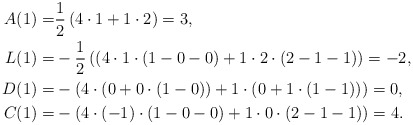
\begin{align*} A(1) =& \frac{1}{2} \left( 4 \cdot 1 + 1 \cdot 2\right) = 3, \\ L(1) =& -\frac{1}{2} \left((4 \cdot 1 \cdot (1-0-0) +1 \cdot 2 \cdot (2-1-1) \right) = -2, \\ D(1) = & -\left( 4 \cdot (0 + 0 \cdot (1-0)) + 1 \cdot (0 + 1 \cdot (1-1)) \right) = 0, \\ C(1) = & - \left( 4 \cdot (-1) \cdot (1-0-0) + 1 \cdot 0 \cdot (2-1-1) \right) = 4.\end{align*}